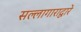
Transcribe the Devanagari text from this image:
सल्लागाराद्वारे